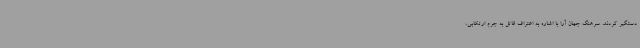
دستگیر کردند. سرهنگ جهان آرا با اشاره به اعتراف قاتل به جرم ارتکابی،